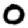
Digit: 0